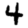
Digit: 4